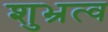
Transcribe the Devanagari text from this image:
शुभ्रत्व